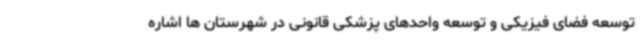
توسعه فضای فیزیکی و توسعه واحدهای پزشکی قانونی در شهرستان ها اشاره